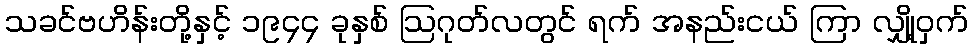
သခင်ဗဟိန်းတို့နှင့် ၁၉၄၄ ခုနှစ် ဩဂုတ်လတွင် ရက် အနည်းငယ် ကြာ လျှို့ဝှက်